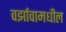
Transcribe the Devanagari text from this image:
वर्झावामधील